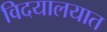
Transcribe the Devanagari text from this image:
विदयालयात